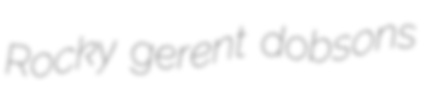
Rocky gerent dobsons